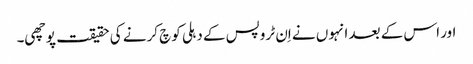
اور اس کے بعد انہوں نے اِن ٹروپس کے دہلی کوچ کرنے کی حقیقت پوچھی۔